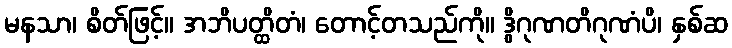
မနသာ၊ စိတ်ဖြင့်။ အဘိပတ္ထိတံ၊ တောင့်တသည်ကို။ ဒွိဂုဏတိဂုဏံပိ၊ နှစ်ဆ